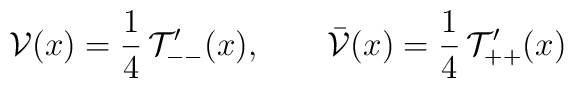
\mathcal V(x) = \frac{1}{4} \, \mathcal T'_{--}(x), \qquad \bar \mathcal V(x) = \frac{1}{4} \, \mathcal T'_{++}(x)